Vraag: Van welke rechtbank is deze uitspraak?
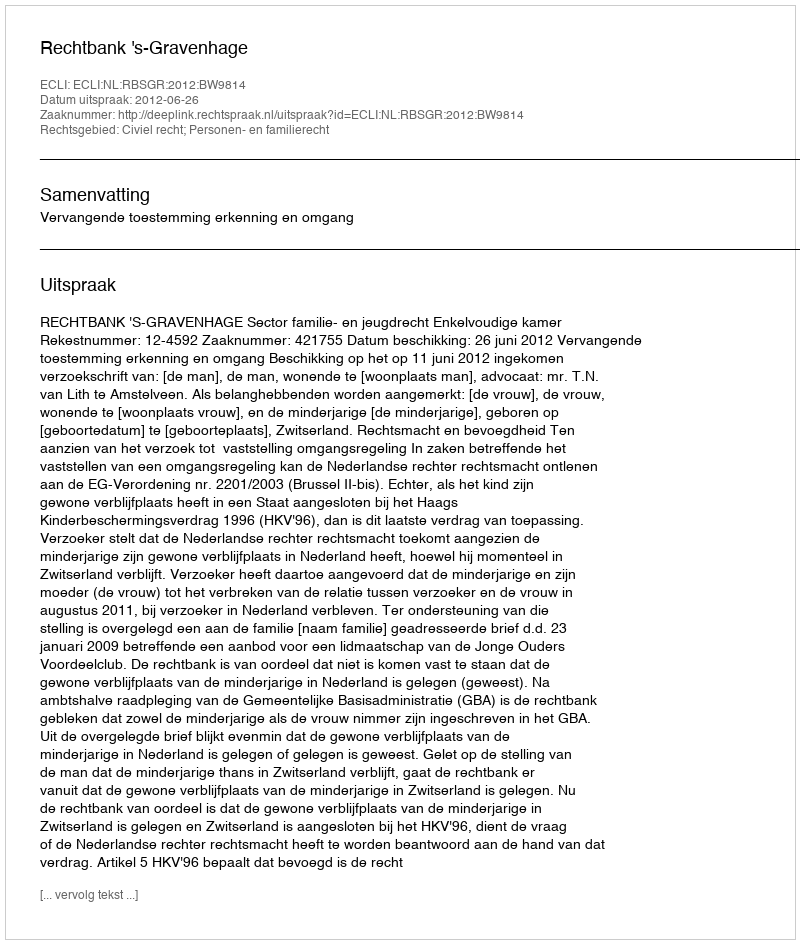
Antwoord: Rechtbank 's-Gravenhage